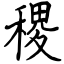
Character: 稷